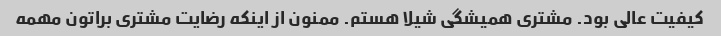
کیفیت عالی بود. مشتری همیشگی شیلا هستم. ممنون از اینکه رضایت مشتری براتون مهمه